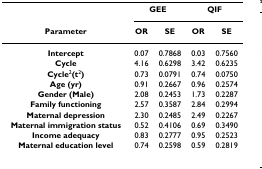
<table><thead><tr><td></td><td colspan="2"><b>GEE</b></td><td colspan="2"><b>QIF</b></td></tr><tr><td><b>Parameter</b></td><td><b>OR</b></td><td><b>SE</b></td><td><b>OR</b></td><td><b>SE</b></td></tr></thead><tbody><tr><td><b>Intercept</b></td><td>0.07</td><td>0.7868</td><td>0.03</td><td>0.7560</td></tr><tr><td><b>Cycle</b></td><td>4.16</td><td>0.6298</td><td>3.42</td><td>0.6235</td></tr><tr><td><b>Cycle</b><sup>2</sup><b>(t</b><sup>2</sup><b>)</b></td><td>0.73</td><td>0.0791</td><td>0.74</td><td>0.0750</td></tr><tr><td><b>Age (yr)</b></td><td>0.91</td><td>0.2667</td><td>0.96</td><td>0.2574</td></tr><tr><td><b>Gender (Male)</b></td><td>2.08</td><td>0.2453</td><td>1.73</td><td>0.2287</td></tr><tr><td><b>Family functioning</b></td><td>2.57</td><td>0.3587</td><td>2.84</td><td>0.2994</td></tr><tr><td><b>Maternal depression</b></td><td>2.30</td><td>0.2485</td><td>2.49</td><td>0.2267</td></tr><tr><td><b>Maternal immigration status</b></td><td>0.52</td><td>0.4106</td><td>0.69</td><td>0.3490</td></tr><tr><td><b>Income adequacy</b></td><td>0.83</td><td>0.2777</td><td>0.95</td><td>0.2523</td></tr><tr><td><b>Maternal education level</b></td><td>0.74</td><td>0.2598</td><td>0.59</td><td>0.2819</td></tr></tbody></table>